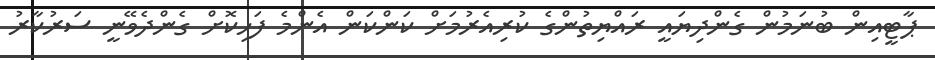
ޕާޓީއިން ބުނަމުން ގެންދިޔައީ ރައްޔިތުންގެ ކުރިއެރުމަށް ކަންކަން އެންމެ ފަހިކޮށް ގެންދެވޭނީ ސަރުކާރު